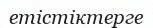
етістіктерге